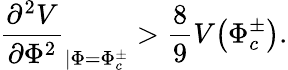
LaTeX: \frac{\partial^{2}V}{\partial\Phi^{2}}_{\left|\Phi=\Phi_{c}^{\pm}\right.}>\frac{8}{9}V\! \left(\Phi_{c}^{\pm}\right).